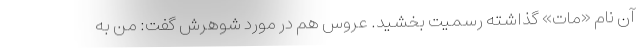
آن نام «مات» گذاشته رسمیت بخشید. عروس هم در مورد شوهرش گفت: من به